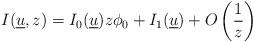
LaTeX: \begin{align*}I(\underline{u},z)=I_0(\underline{u})z\phi_0+I_1(\underline{u})+O\left(\frac{1}{z}\right)\end{align*}